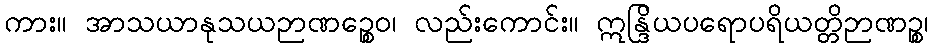
ကား။ အာသယာနုသယဉာဏဉ္စေဝ၊ လည်းကောင်း။ ဣန္ဒြိယပရောပရိယတ္တိဉာဏဉ္စ၊